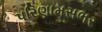
પરિણામસભર